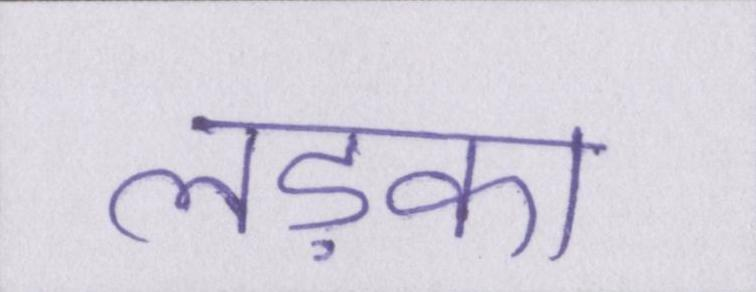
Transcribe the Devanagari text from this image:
लड़का